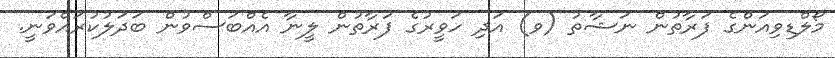
މޯލްޑިވިއަންގެ ފަރާތުން ނަޝާތު (ވ) އަދި ހަވީރުގެ ފަރާތުން ލީނާ އެއްބަސްވުން ބަދަލުކުރައްވަނީ.